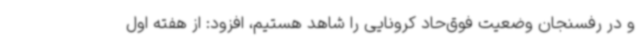
و در رفسنجان وضعیت فوق‌حاد کرونایی را شاهد هستیم، افزود: از هفته اول